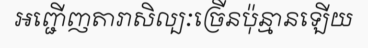
អញ្ជើញតារាសិល្បៈច្រើនប៉ុន្មានឡើយ